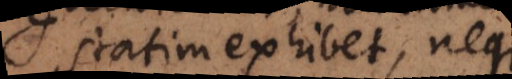
statim exhibet, neque